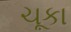
ચૂકા